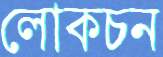
লোকচন